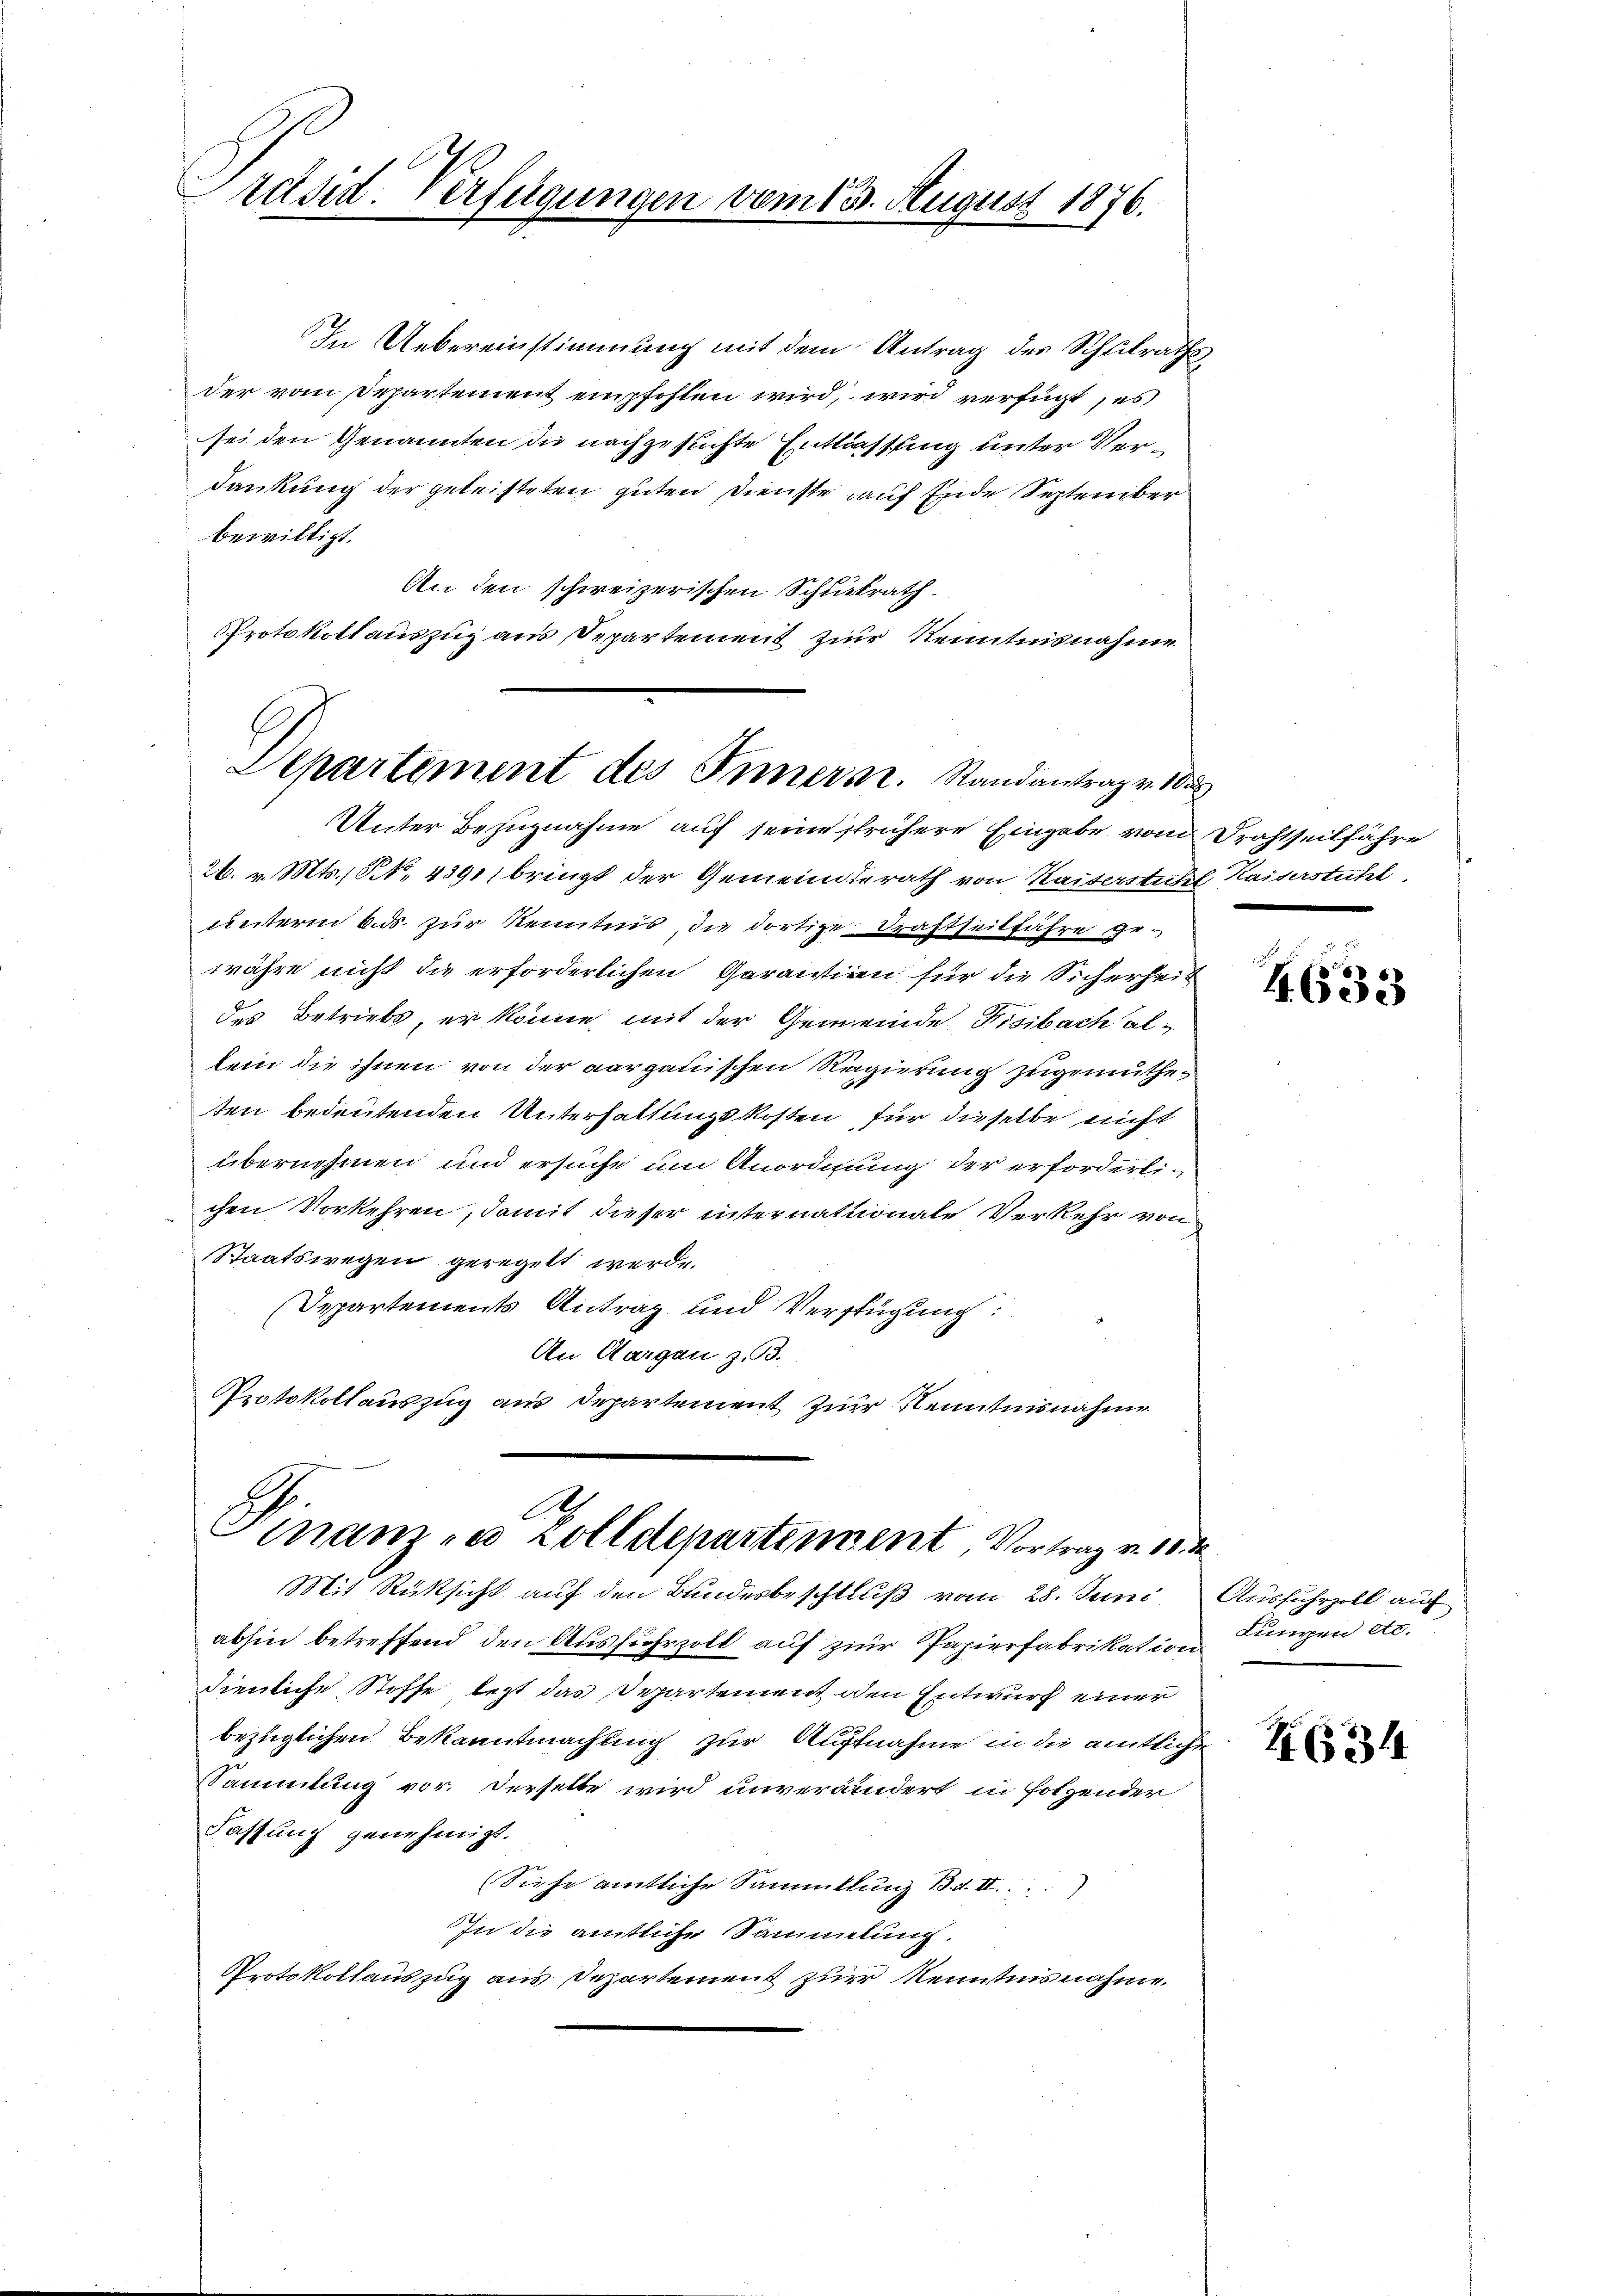
Präsid. Verfügungen vom 13. August 1876.

In Uebereinstimmung mit dem Antrag des Schulrathsder vom Departement empfohlen wird, wird verfügt, es
sei den Genannten die nachgesuchte Entlassung unter Verdankung der geleisteten guten Dienste auf Ende September
bewilligt.
An den schweizerischen Schulrath
Protokollauszug aus Departement zur Kenntnisnahme

Departement des Innern. Randantrag v. 1

A
Finanze Zolldepartement Vortrag v. 10.
Mit Rücksicht auf den Bundesbeschluß vom 28. Juni Ausfuhrzoll auf

Unter Bezugnahme auf seine frühere Eingabe von Drahtseitfähre
26. v. Mts., N. N. 4391, bringt der Gemeinderath von Kaiserstuhl Kaiserstuhl.
unterm 6. ds. zur Kenntnis, die dortige Drahtseitfahre gewähre nicht die erforderlichen Garantien für die Sicherheit
des Betrieb, er könne, mit der Gemeinde Fisibach altem die ihnen von der aargauischen Regierung zugemutheten bedeutenden Unterhaltungskosten für dieselbe nicht
übernehmen und ersuche um Anordnung der erforderlichen Vorkehren, damit dieser internationale Verkehr von
Staatswegen geregelt werde.
Departements Antrag und Verfügung:
An Aargau, z. B.
Protokollauszug aus Departement zur Kenntnisnahme

abhin betreffend den Ausfuhrzoll auf zur Papierfabrikation
dienliche Stoffe lezt das Departement den Entwurf einer
bezüglichen Bekanntmachung zur Aufnahme in die amtliche
Sammlung vor. Derselbe wird unverändert in folgender
Fassung genehmigt.
(Siehe amtliche Sammlung Bd. II.
In die amtliche Sammlung.
Protokollauszug aus Departement zur Kenntnisnahme.

4633

¬
Lumpen etc.

16314